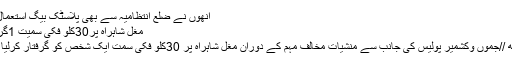
انھوں نے ضلع انتظامیہ سے بھی پلاسٹک بیگ استعمال کر
مغل شاہراہ پر30کلو فکی سمیت 1گرفتار
پونچھ //جموں وکشمیر پولیس کی جانب سے منشیات مخالف مہم کے دوران مغل شاہراہ پر 30کلو فکی سمت ایک شخص کو گرفتار کرلیا گیا ۔